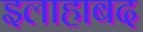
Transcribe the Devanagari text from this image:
इलाहाबद